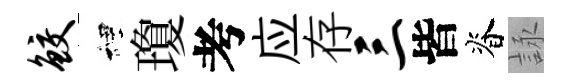
鲛裡瓊考应存三皆脊詠